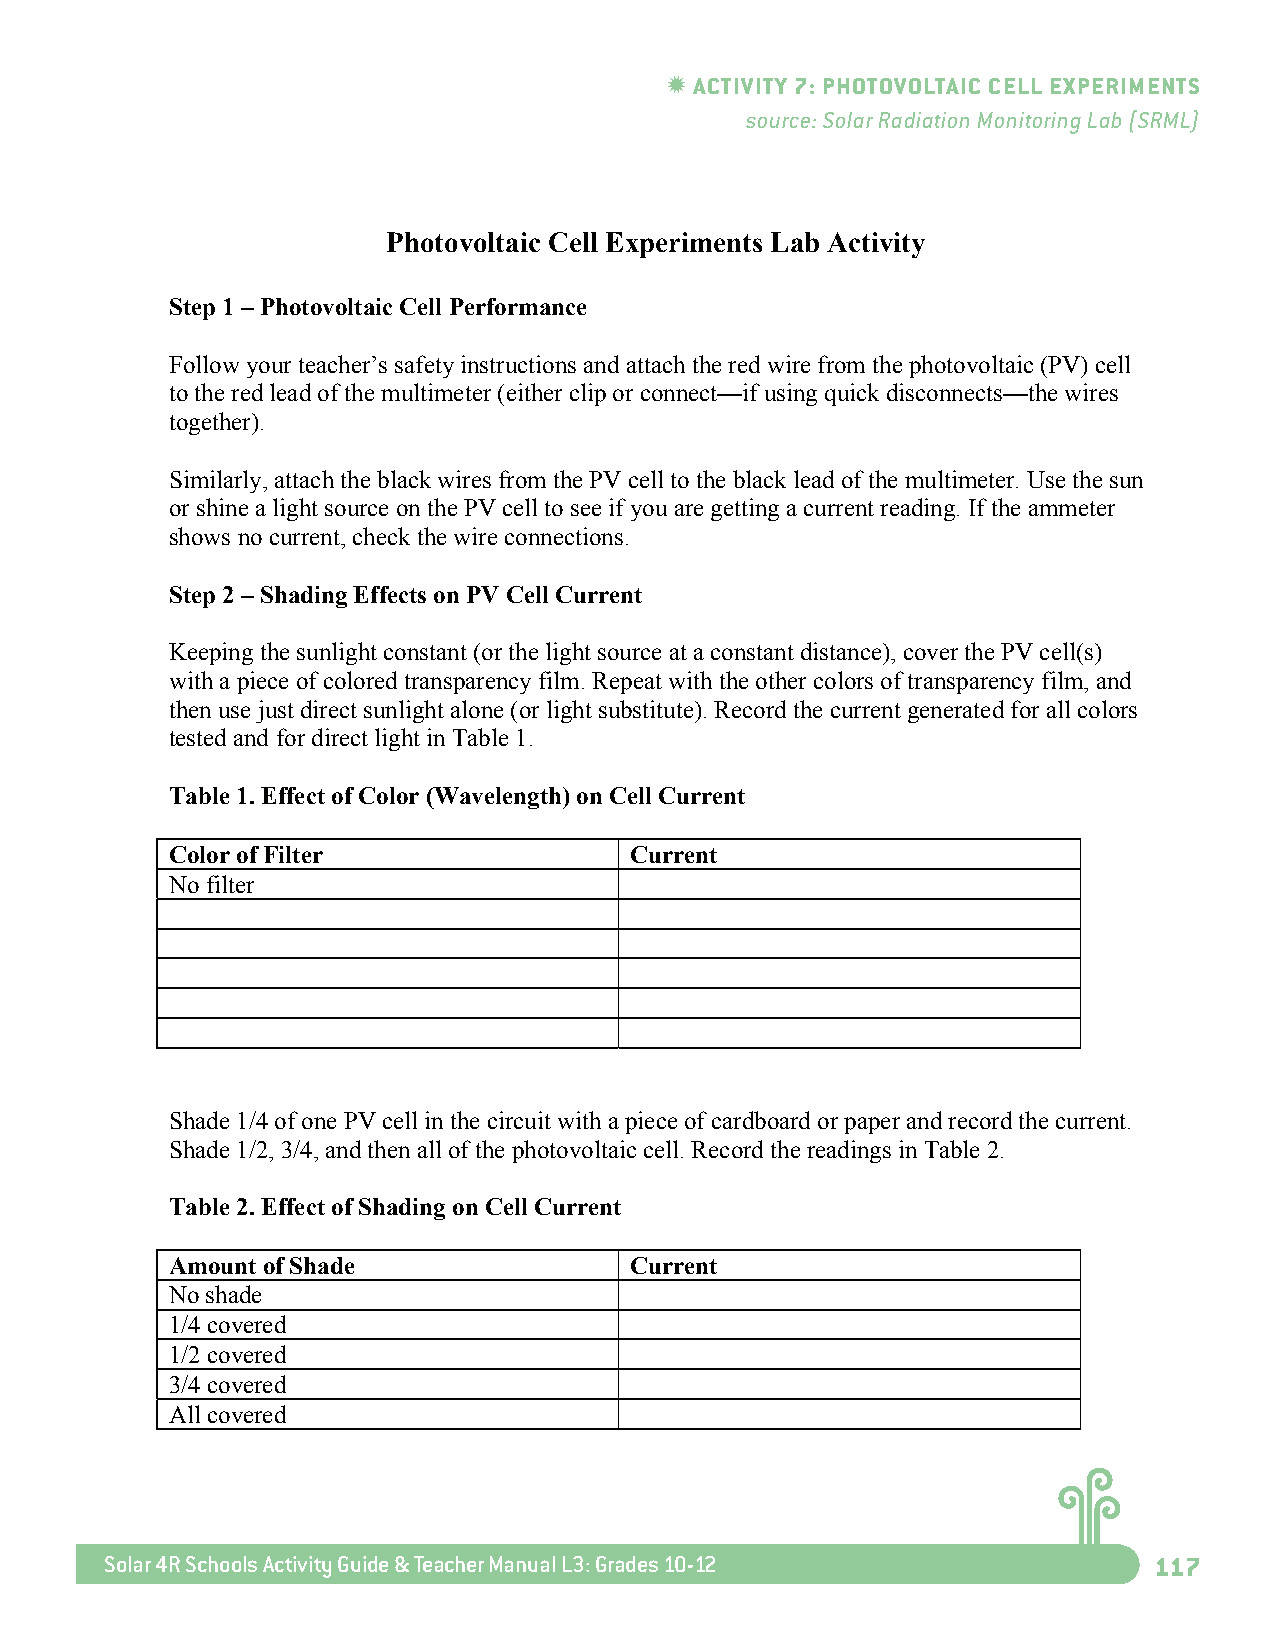
ACTIvITY 7: PhOTOvOLTAIC CeLL exPerIMeNTS
 source: Solar Radiation Monitoring Lab (SRML)
 Photovoltaic Cell Experiments Lab Activity
 Step 1 – Photovoltaic Cell Performance
 Follow your teacher’s safety instructions and attach the red wire from the photovoltaic (PV) cell
 to the red lead of the multimeter (either clip or connect—if using quick disconnects—the wires
 together).
 Similarly, attach the black wires from the PV cell to the black lead of the multimeter. Use the sun
 or shine a light source on the PV cell to see if you are getting a current reading. If the ammeter
 shows no current, check the wire connections.
 Step 2 – Shading Effects on PV Cell Current
 Keeping the sunlight constant (or the light source at a constant distance), cover the PV cell(s)
 with a piece of colored transparency film. Repeat with the other colors of transparency film, and
 then use just direct sunlight alone (or light substitute). Record the current generated for all colors
 tested and for direct light in Table 1.
 Table 1. Effect of Color (Wavelength) on Cell Current Co
 f
 Color of Filter                Current
 No filter
 Shade 1/4 of one PV cell in the circuit with a piece of cardboard or paper and record the current.
 Shade 1/2, 3/4, and then all of the photovoltaic cell. Record the readings in Table 2.
 Table 2. Effect of Shading on Cell Current
 Amount of Shade                Current
 No shade
 1/4 covered
 1/2 covered
 3/4 covered
 All covered
 Solar 4R Schools Activity Guide & Teacher Manual L3: Grades 10-12    117
 55